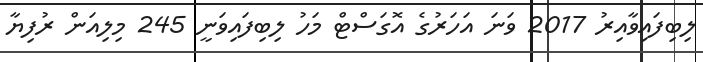
ލިބިފައިވާއިރު 2017 ވަނަ އަހަރުގެ އޮގަސްޓް މަހު ލިބިފައިވަނީ 245 މިލިއަން ރުފިޔާ